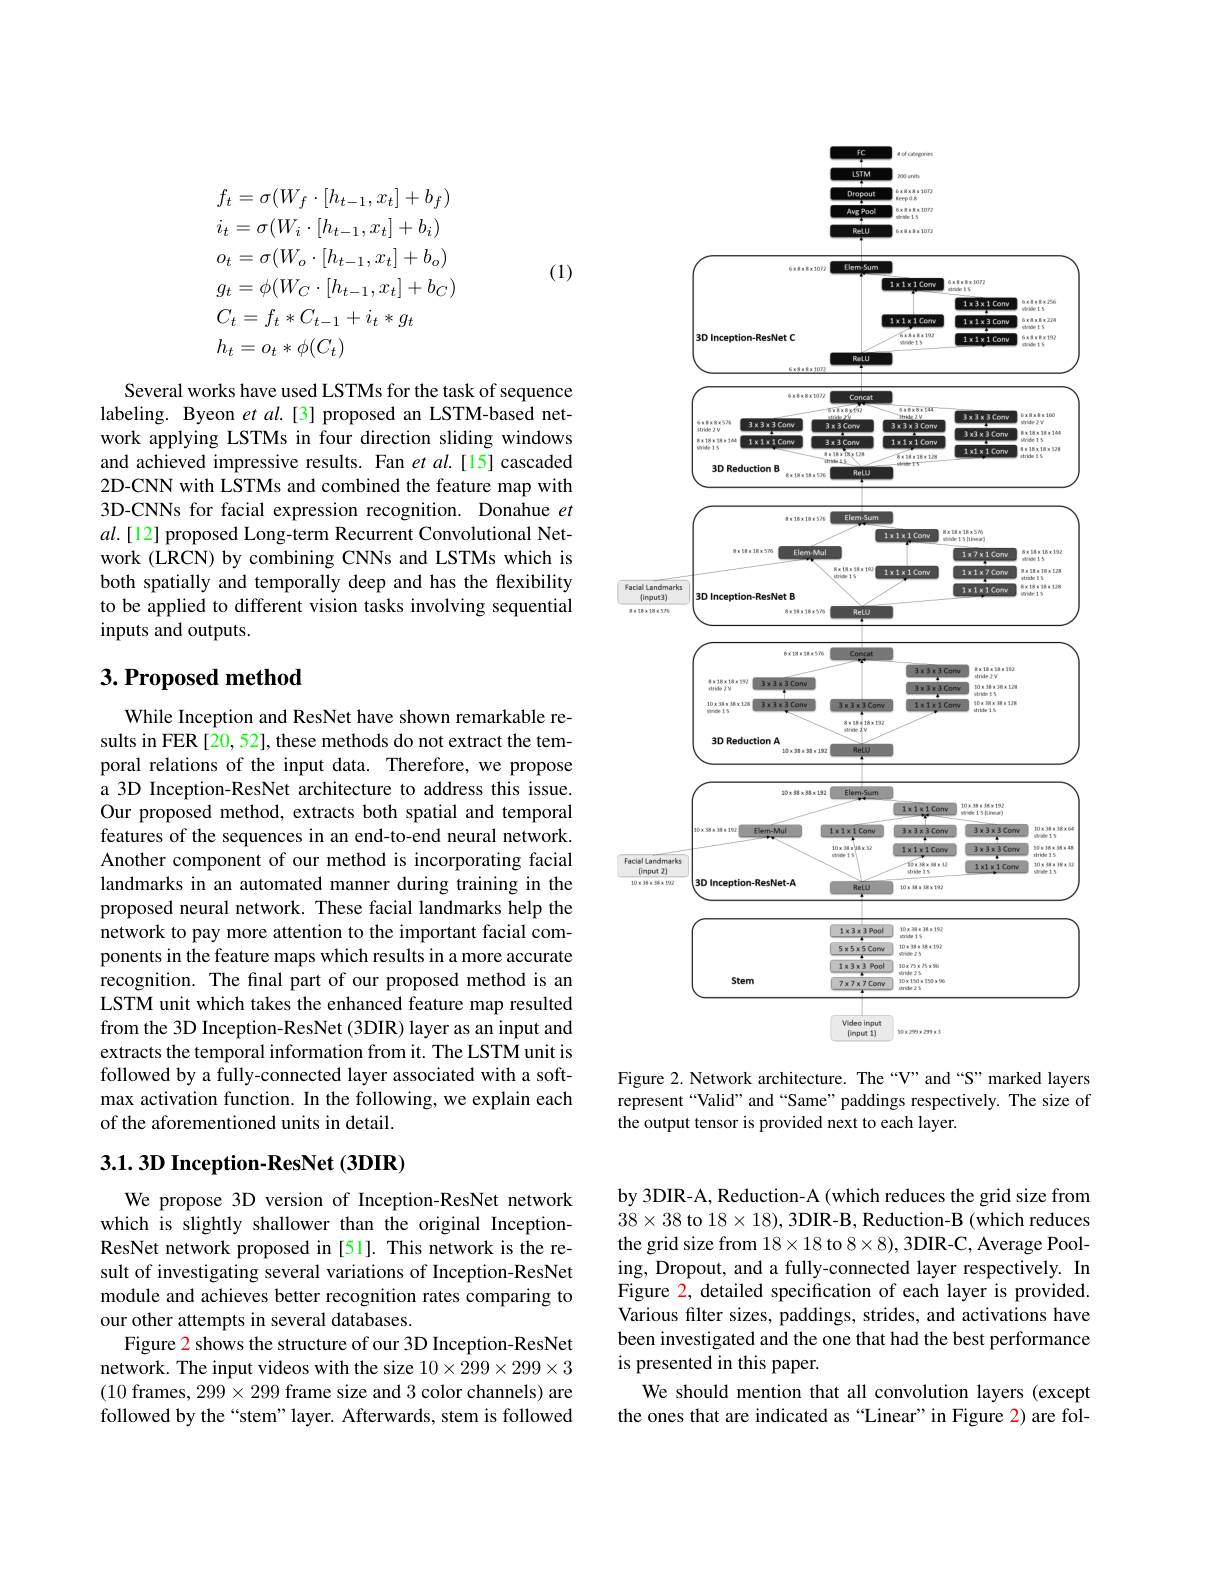
$$\begin{aligned}&f_{t}=\sigma(W_{f}\cdot[h_{t-1},x_{t}]+b_{f})\\&i_{t}=\sigma(W_{i}\cdot[h_{t-1},x_{t}]+b_{i})\\&o_{t}=\sigma(W_{o}\cdot[h_{t-1},x_{t}]+b_{o})\\&g_{t}=\phi(W_{C}\cdot[h_{t-1},x_{t}]+b_{C})\\&C_{t}=f_{t}*C_{t-1}+i_{t}*g_{t}\\&h_{t}=o_{t}*\phi(C_{t})\end{aligned}$$
(1)

Several works have used LSTMs for the task of sequence labeling. Byeon et $al.[3]$ proposed an LSTM-based network applying LSTMs in four direction sliding windows and achieved impressive results. Fan $etal.[15]$ cascaded 2D-CNN with LSTMs and combined the feature map with 3D-CNNs for facial expression recognition. Donahue $et$ $al.[12]$ proposed Long-term Recurrent Convolutional Network (LRCN) by combining CNNs and LSTMs which is both spatially and temporally deep and has the flexibility to be applied to different vision tasks involving sequential inputs and outputs.

## $3. \textbf{Proposed method}$

While Inception and ResNet have shown remarkable results in FER [20, 52], these methods do not extract the temporal relations of the input data. Therefore, we propose a 3D Inception-ResNet architecture to address this issue. Our proposed method, extracts both spatial and temporal features of the sequences in an end-to-end neural network. Another component of our method is incorporating facial landmarks in an automated manner during training in the proposed neural network. These facial landmarks help the network to pay more attention to the important facial components in the feature maps which results in a more accurate recognition. The final part of our proposed method is an LSTM unit which takes the enhanced feature map resulted from the 3D Inception-ResNet (3DIR) layer as an input and extracts the temporal information from it. The LSTM unit is followed by a fully-connected layer associated with a softmax activation function. In the following, we explain each of the aforementioned units in detail.

## 3.1.3D Inception-ResNet (3DIR)

We propose 3D version of Inception-ResNet network which is slightly shallower than the original InceptionResNet network proposed in [51]. This network is the result of investigating several variations of Inception-ResNet module and achieves better recognition rates comparing to our other attempts in several databases.
Figure 2 shows the structure of our 3D Inception-ResNet network. The input videos with the size $10\times299\times299\times3$ (10 frames, 299$\times299$ frame size and 3 color channels) are followed by the “stem”layer. Afterwards, stem is followed

a d cabepporie

$LSTMT$
<FigureHere>

Figure 2. Network architecture. The “V”and“S”marked layers represent“Valid” and“Same” paddings respectively. The size of the output tensor is provided next to each layer.

by 3DIR-A, Reduction-A (which reduces the grid size from $38\times38$ to $18\times18)$, 3DIR-B, Reduction-B (which reduces the grid size from $18\times18$ to $8\times8)$, 3DIR-C, Average Pooling, Dropout, and a fully-connected layer respectively. In Figure 2, detailed specification of each layer is provided. Various filter sizes, paddings, strides, and activations have been investigated and the one that had the best performance is presented in this paper.
We should mention that all convolution layers (except the ones that are indicated as “Linear”in Figure 2) are fol-